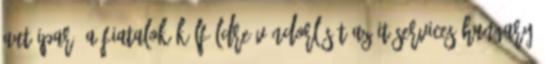
autóipar. A fiatalok külföldre vándorlását az IT Services Hungary